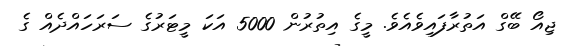
ޖިއޯ ބޭގް އަތުރާފައިވެއެވެ. މީގެ އިތުރުން 5000 އަކަ މީޓަރުގެ ސަރަހައްދެއް ގެ